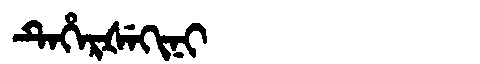
Manchu: ᡨᡝᡥᡝᡵᡧᡝᡴᡳᠨᡳ
Romanization: TEHERŠEKINI